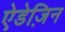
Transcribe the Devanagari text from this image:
ऐडेज़िन